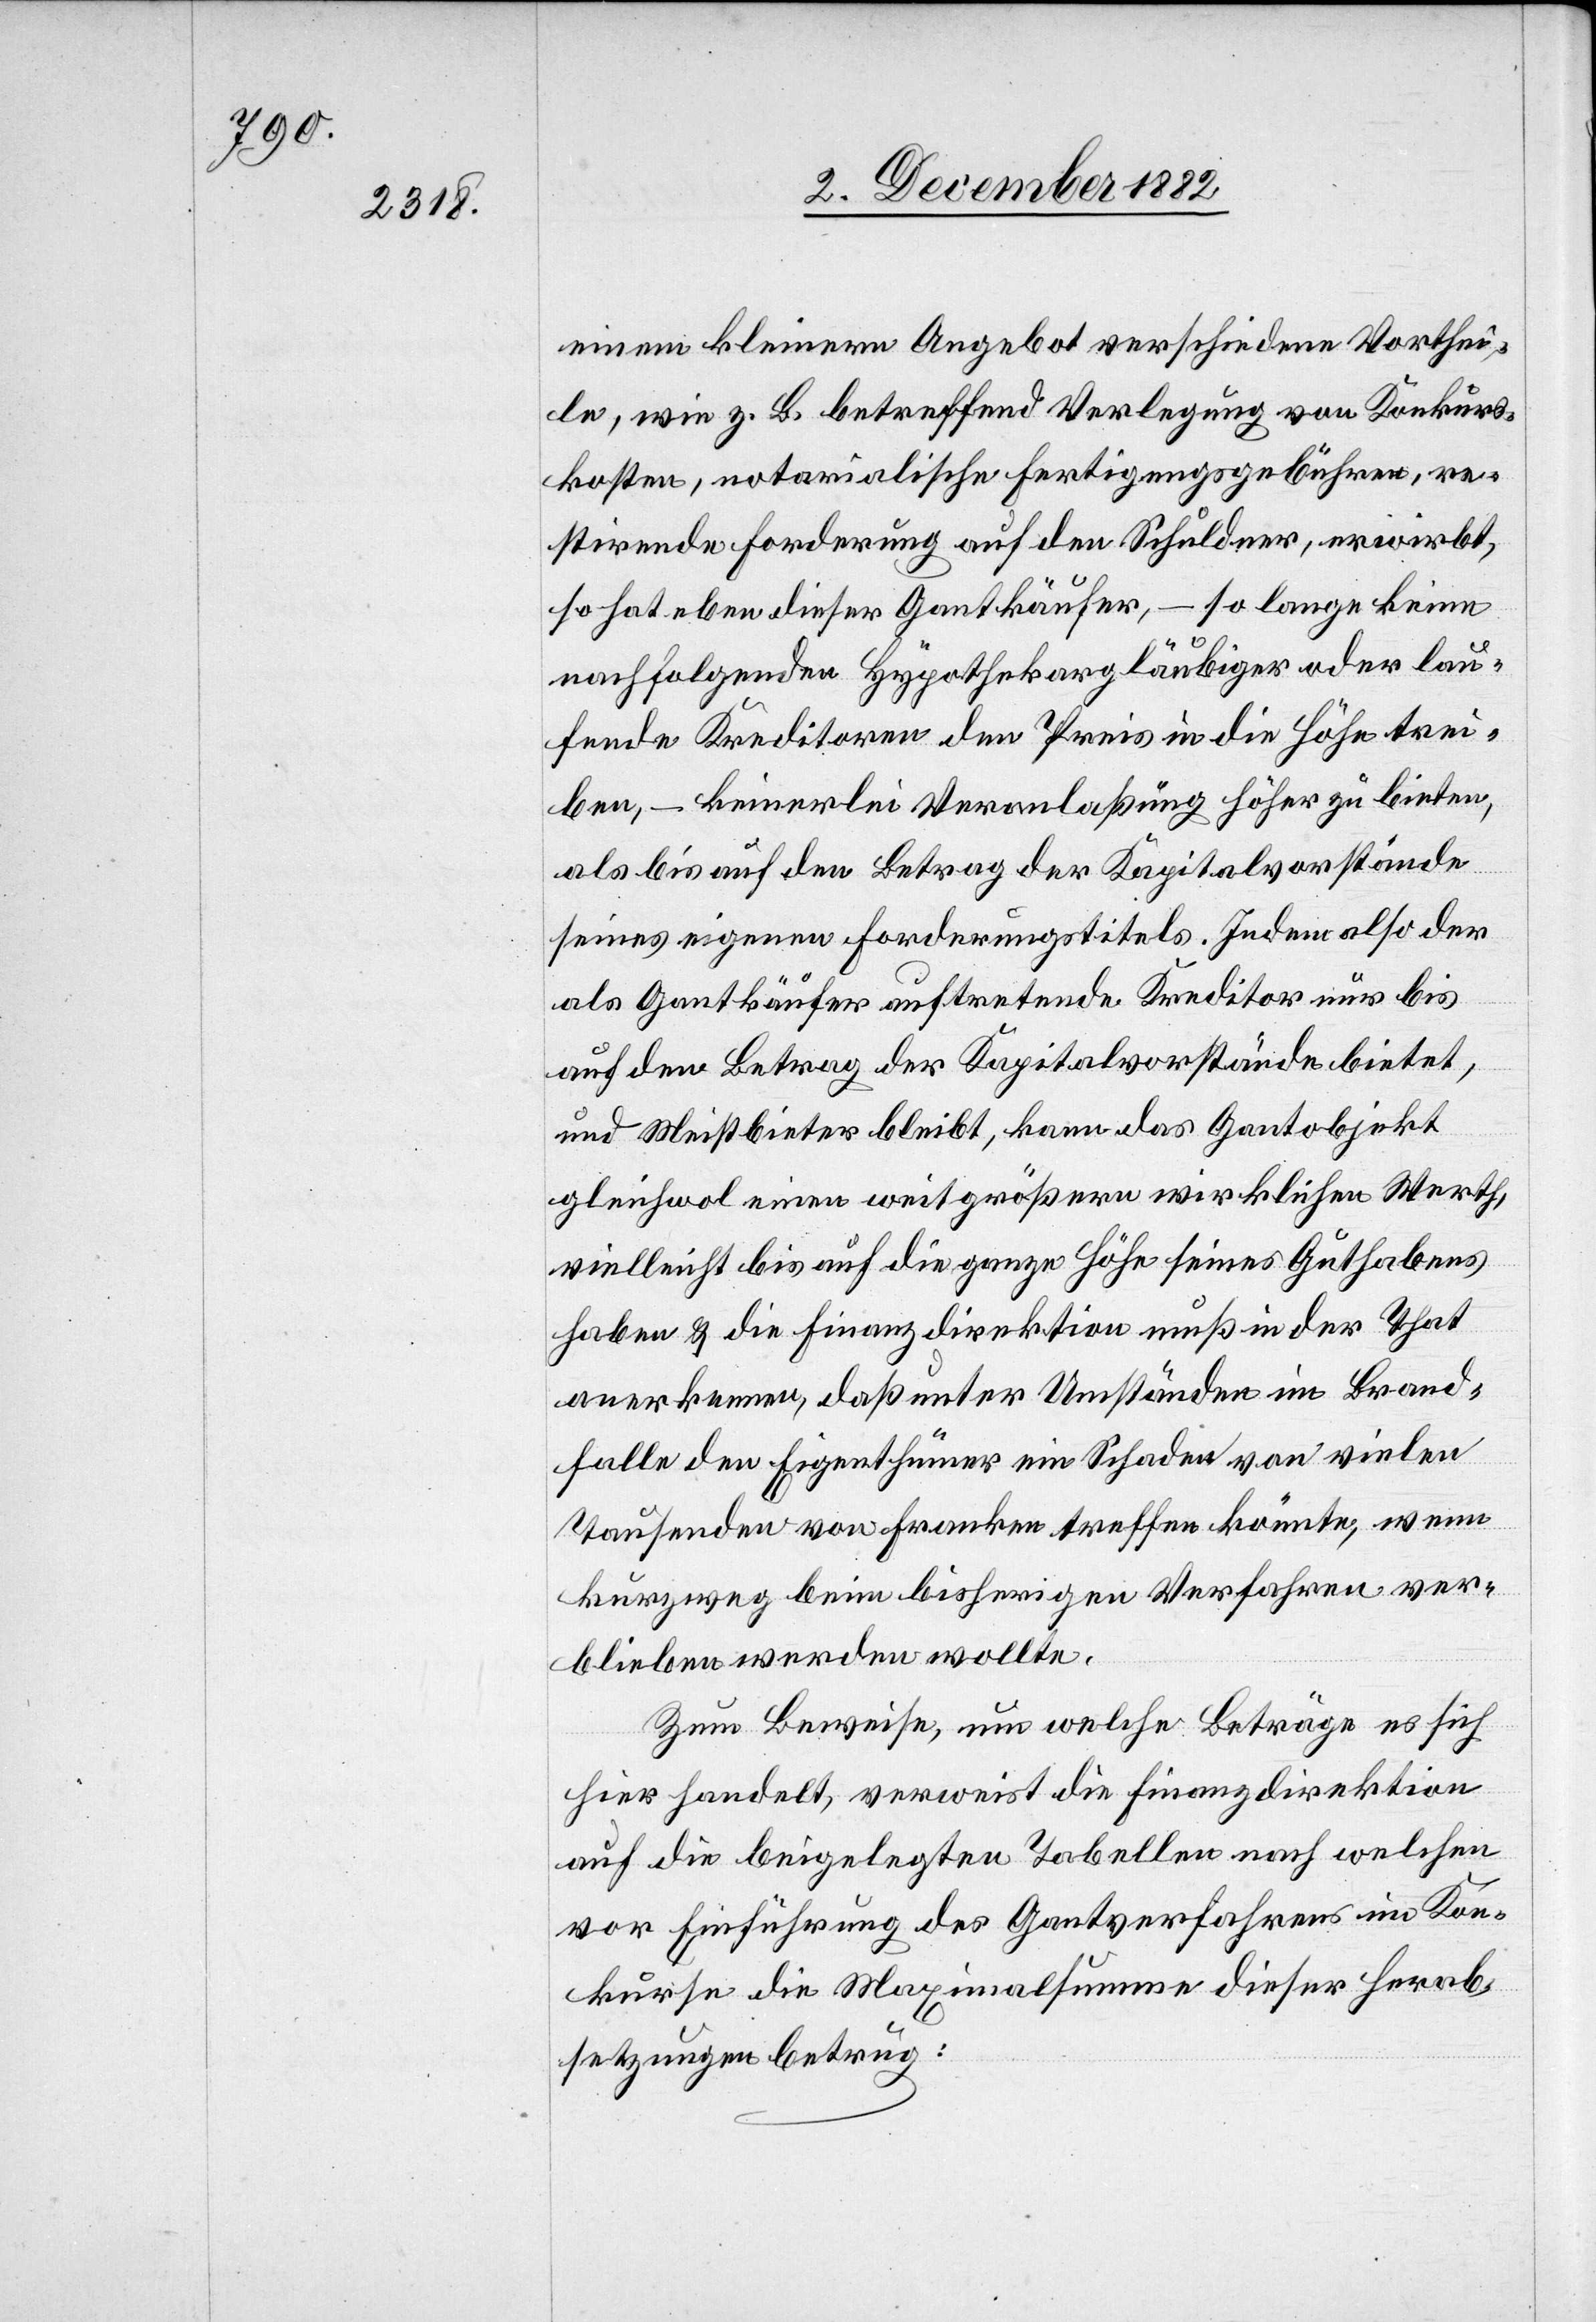
einem kleinern Angebot verschiedene Vorthei¬
le, wie z. B. betreffend Verlegung von Konkurs¬
kosten, notarialische Fertigungsgebühren, re¬
stirende Forderung auf den Schuldner, erwirbt
so hat eben dieser Gantkäufer, – so lange keine
nachfolgenden Hypothekargläubiger oder lau¬
fende Kreditoren den Preis in die Höhe trei¬
ben, – keinerlei Veranlaßung höher zu bieten,
als bis auf den Betrag der Kapitalvorstände
seines eigenen Forderungstitels. Jedem also der
als Gantkäufer auftretende Kreditor nur bis
auf den Betrag der Kapitalvorstände bietet
und Meistbieter bleibt, kann das Gantobjekt
gleichwol einen weit größern wirklichen Werth,
vielleicht bis auf die ganze Höhe seines Guthabens
haben & die Finanzdirektion muß in der That
anerkennen, daß unter Umständen im Brand¬
falle den Eigenthümer ein Schaden von vielen
Tausenden von Franken treffen könne, wenn
kurzweg beim bisherigen Verfahren ver¬
blieben werden wollte.
Zum Beweise, um welche Beträge es sich
hier handelt, verweist die Finanzdirektion
auf die beigelegten Tabellen nach welchen
vor Einführung des Gantverfahrens im Kon¬
kurse die Maximalsumme dieser Herab¬
setzungen betrug: